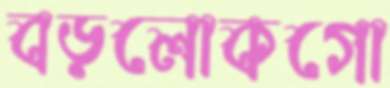
বড়লোকগো